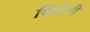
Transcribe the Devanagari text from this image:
थियेरी